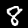
Digit: 8